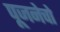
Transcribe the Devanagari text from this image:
पूजनेचो